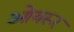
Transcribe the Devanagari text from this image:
ओयरूर